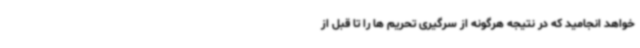
خواهد انجامید که در نتیجه هرگونه از سرگیری تحریم ها را تا قبل از